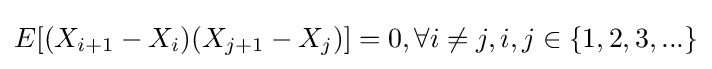
E[(X_{i+1}-X_{i})(X_{j+1}-X_{j})]=0,\forall i\neq j,i,j\in \{1,2,3,...\}